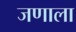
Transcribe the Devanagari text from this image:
जणाला